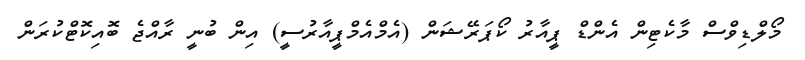
މޯލްޑިވްސް މާކެޓިން އެންޑް ޕީއާރު ކޯޕަރޭޝަން (އެމްއެމްޕީއާރުސީ) އިން ބުނީ ރާއްޖެ ބޮއިކޮޓްކުރަން